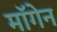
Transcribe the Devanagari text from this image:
मॉगेन